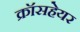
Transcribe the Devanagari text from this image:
क्रॉसहेयर